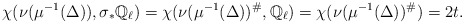
\begin{align*} \chi(\nu(\mu^{-1}(\Delta)), \sigma_* \mathbb{Q}_\ell) = \chi(\nu(\mu^{-1}(\Delta))^\#,\mathbb{Q}_\ell) = \chi(\nu(\mu^{-1}(\Delta))^\#) = 2t . \end{align*}